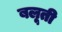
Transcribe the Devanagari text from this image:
बलूती